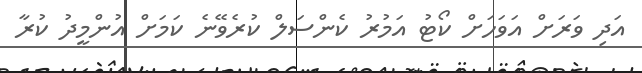
އަދި ވަރަށް އަވަހަށް ކޯޓު އަމުރު ކެންސަލް ކުރެވޭނެ ކަމަށް އުންމީދު ކުރާ